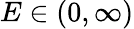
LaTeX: E\in(0,\infty)